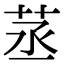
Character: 䒱